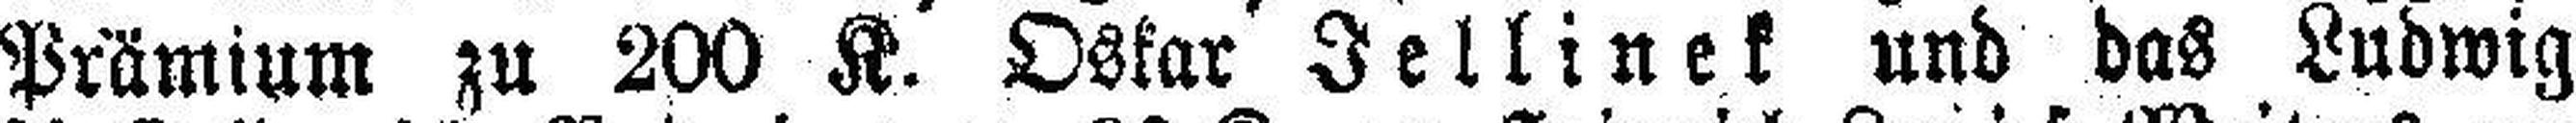
Prämium zu 200 K. Oskar Jeklinek und das Ludwig